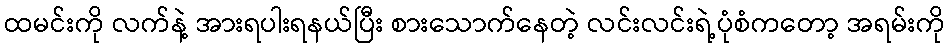
ထမင်းကို လက်နဲ့ အားရပါးရနယ်ပြီး စားသောက်နေတဲ့ လင်းလင်းရဲ့ပုံစံကတော့ အရမ်းကို